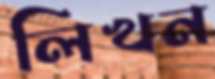
লিখন